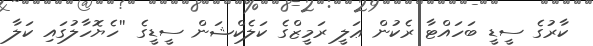
ކާރުގެ ސީޑީ ބަހައްޓާ ރެކުން ޢަލީ ރަމީޒްގެ ކަލެކްޝަން ސީޑީގެ ''ހެޔޮހާލުގައި ކަލާ